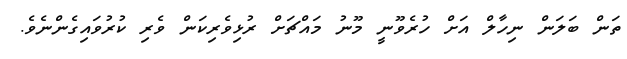
ތަން ބަލަން ނިހާލް އަށް ހުރެވޫނީ މޫނު މައްޗަށް ރުޅިވެރިކަން ވެރި ކުރުވައިގެންނެވެ.